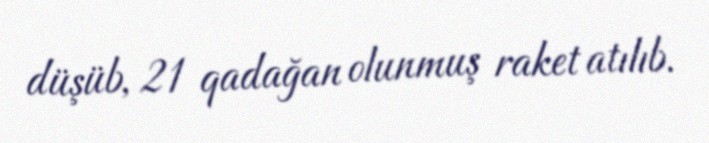
düşüb, 21 qadağan olunmuş raket atılıb.